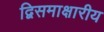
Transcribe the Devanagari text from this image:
द्विसमाक्षारीय